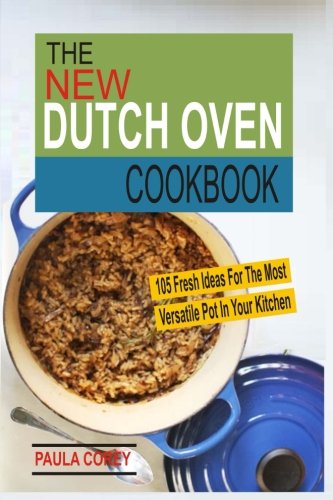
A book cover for The New Dutch Oven Cookbook: 105 Fresh Ideas For The Most Versatile Pot In Your Kitchen; Paula Corey; Cookbooks, Food & Wine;